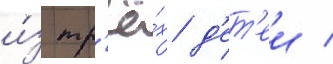
и́з тр'ё́х д'ет'еи /